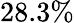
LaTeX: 28.3\%